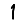
Digit: 1